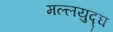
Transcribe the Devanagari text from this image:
मल्लयुद्घ